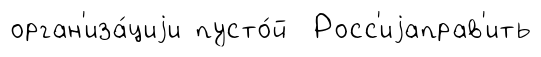
орган'иза́циjи пусто́й Росс'иjаправ'ить